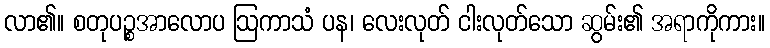
လာ၏။ စတုပဉ္စအာလောပ ဩကာသံ ပန၊ လေးလုတ် ငါးလုတ်သော ဆွမ်း၏ အရာကိုကား။